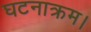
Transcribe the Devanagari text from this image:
घटनाक्रम।